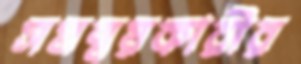
সমন্বয়কারীর